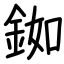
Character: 銣